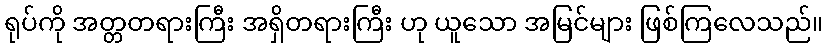
ရုပ်ကို အတ္တတရားကြီး အရှိတရားကြီး ဟု ယူသော အမြင်များ ဖြစ်ကြလေသည်။